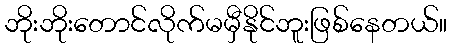
ဘိုးဘိုးတောင်လိုက်မမှီနိုင်ဘူးဖြစ်နေတယ်။